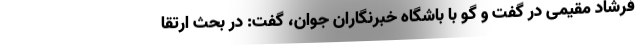
فرشاد مقیمی در گفت و گو با باشگاه خبرنگاران جوان، گفت: در بحث ارتقا